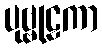
ပုဗ္ဗုဠကာ